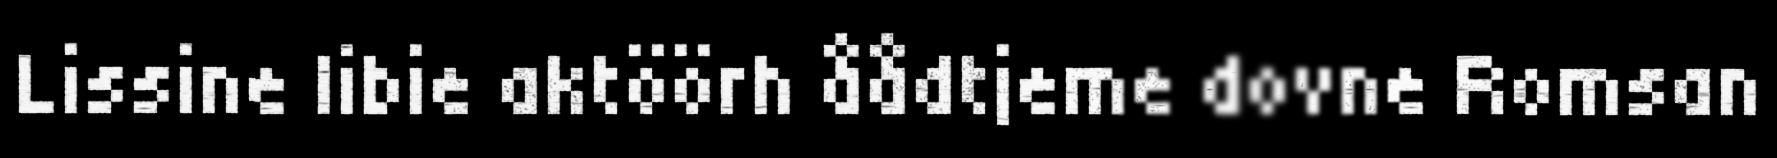
Lissine libie aktöörh åådtjeme dovne Romsan